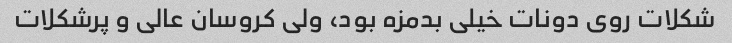
شکلات روی دونات خیلی بدمزه بود، ولی کروسان عالی و پرشکلات